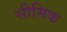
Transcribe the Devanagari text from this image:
सीमिक